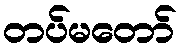
တပ်မတော်